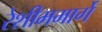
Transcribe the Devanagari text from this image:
रेशीममार्गे